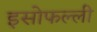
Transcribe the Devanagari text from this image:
इसोफल्ली